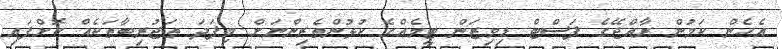
އެހެން ކަމުން ރާއްޖޭގެ ފަސްޓް ޑިވިޒަން ޓީމެއްގެ ކުޅުންތެރިންނަށް މިފަދަ ތަޖުރިބާތަކެއް ކޮށްފައި